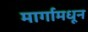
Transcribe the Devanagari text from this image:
मार्गामधून